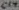
Text: C14